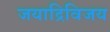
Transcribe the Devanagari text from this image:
जयाद्रिविजय